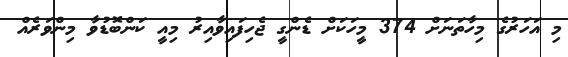
މި އަހަރުގެ މިހާތަނަށް 374 މީހަކަށް ޑެންގީ ޖެހިފައިވާއިރު މިއީ ކަންބޮޑުވާ މިންވަރެއް